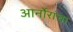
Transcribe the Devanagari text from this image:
आर्नोरांचा